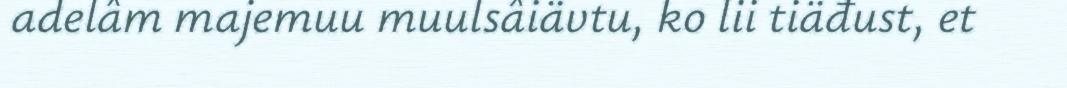
adelâm majemuu muulsâiävtu, ko lii tiäđust, et